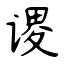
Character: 谡